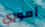
أموري